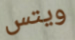
ويتس